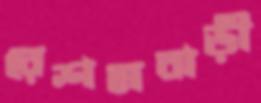
রেশমবাড়ী